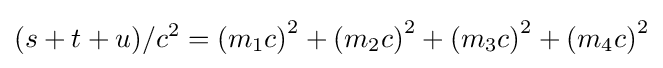
(s+t+u)/c^{2}=\left(m_{1}c\right)^{2}+\left(m_{2}c\right)^{2}+\left(m_{3}c\right)^{2}+\left(m_{4}c\right)^{2}